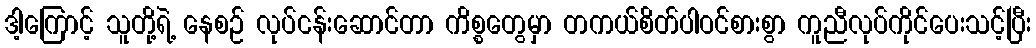
ဒါ့ကြောင့် သူတို့ရဲ့ နေစဉ် လုပ်ငန်းဆောင်တာ ကိစ္စတွေမှာ တကယ်စိတ်ပါဝင်စားစွာ ကူညီလုပ်ကိုင်ပေးသင့်ပြီး